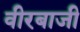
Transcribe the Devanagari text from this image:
वीरबाजी